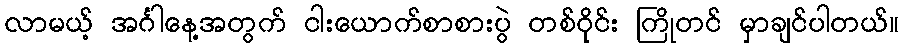
လာမယ့် အင်္ဂါနေ့အတွက် ငါးယောက်စာစားပွဲ တစ်ဝိုင်း ကြိုတင် မှာချင်ပါတယ်။